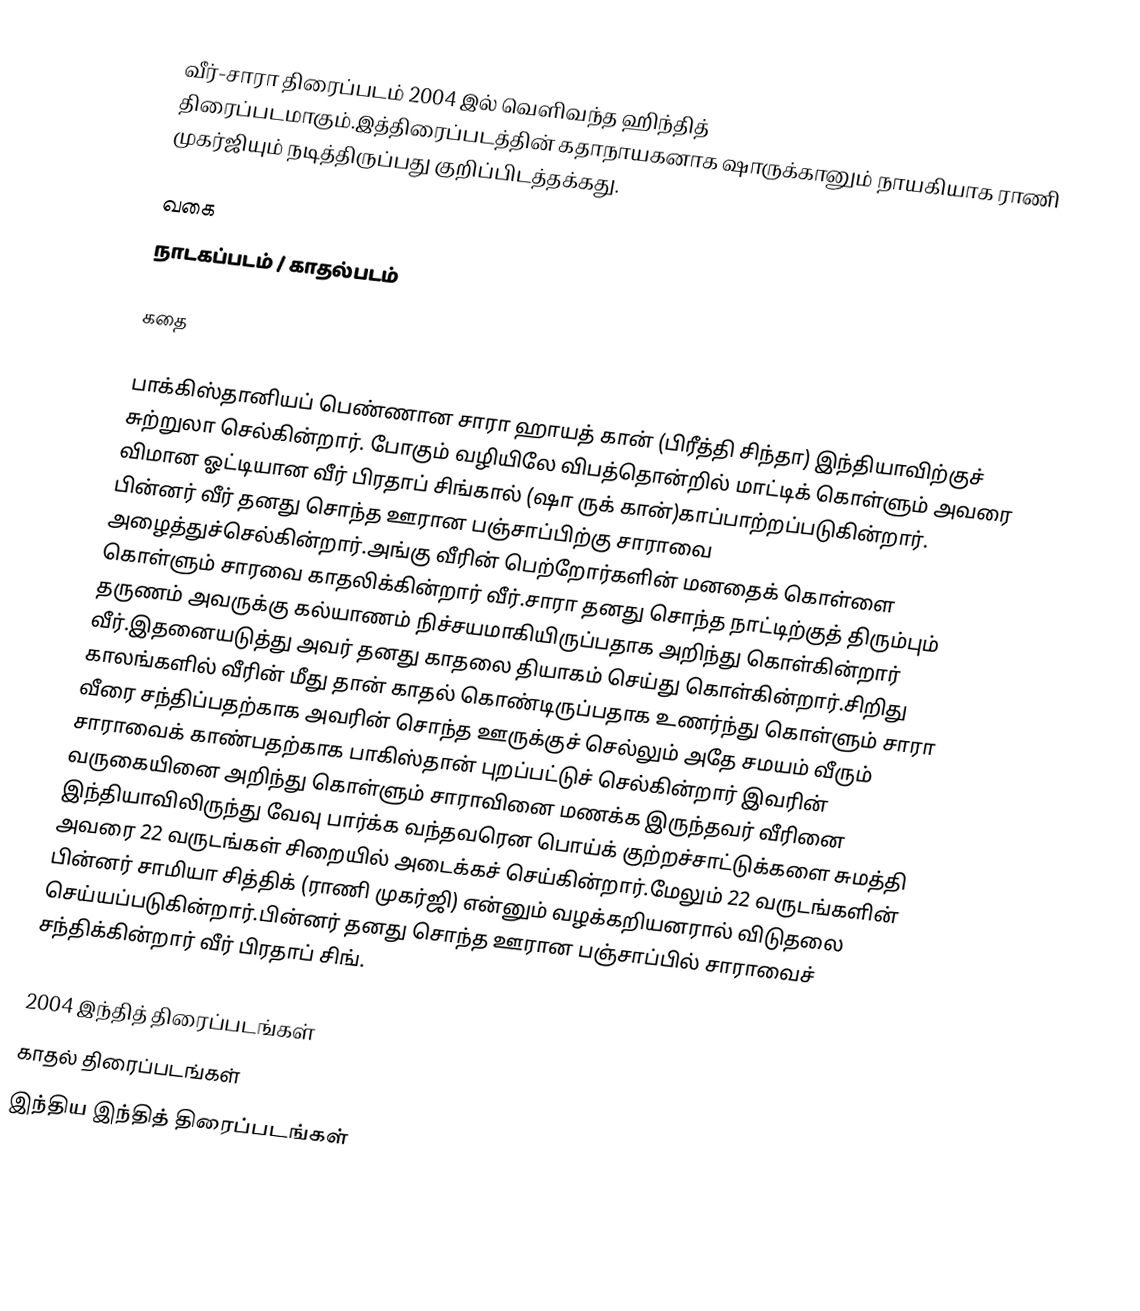
வீர்-சாரா திரைப்படம் 2004 இல் வெளிவந்த ஹிந்தித் திரைப்படமாகும்.இத்திரைப்படத்தின் கதாநாயகனாக ஷாருக்கானும் நாயகியாக ராணி முகர்ஜியும் நடித்திருப்பது குறிப்பிடத்தக்கது.

வகை
நாடகப்படம் / காதல்படம்

கதை

பாக்கிஸ்தானியப் பெண்ணான சாரா ஹாயத் கான் (பிரீத்தி சிந்தா) இந்தியாவிற்குச் சுற்றுலா செல்கின்றார். போகும் வழியிலே விபத்தொன்றில் மாட்டிக் கொள்ளும் அவரை விமான ஓட்டியான வீர் பிரதாப் சிங்கால் (ஷா ருக் கான்)காப்பாற்றப்படுகின்றார். பின்னர் வீர் தனது சொந்த ஊரான பஞ்சாப்பிற்கு சாராவை அழைத்துச்செல்கின்றார்.அங்கு வீரின் பெற்றோர்களின் மனதைக் கொள்ளை கொள்ளும் சாரவை காதலிக்கின்றார் வீர்.சாரா தனது சொந்த நாட்டிற்குத் திரும்பும் தருணம் அவருக்கு கல்யாணம் நிச்சயமாகியிருப்பதாக அறிந்து கொள்கின்றார் வீர்.இதனையடுத்து அவர் தனது காதலை தியாகம் செய்து கொள்கின்றார்.சிறிது காலங்களில் வீரின் மீது தான் காதல் கொண்டிருப்பதாக உணர்ந்து கொள்ளும் சாரா வீரை சந்திப்பதற்காக அவரின் சொந்த ஊருக்குச் செல்லும் அதே சமயம் வீரும் சாராவைக் காண்பதற்காக பாகிஸ்தான் புறப்பட்டுச் செல்கின்றார் இவரின் வருகையினை அறிந்து கொள்ளும் சாராவினை மணக்க இருந்தவர் வீரினை இந்தியாவிலிருந்து வேவு பார்க்க வந்தவரென பொய்க் குற்றச்சாட்டுக்களை சுமத்தி அவரை 22 வருடங்கள் சிறையில் அடைக்கச் செய்கின்றார்.மேலும் 22 வருடங்களின் பின்னர் சாமியா சித்திக் (ராணி முகர்ஜி) என்னும் வழக்கறியனரால் விடுதலை செய்யப்படுகின்றார்.பின்னர் தனது சொந்த ஊரான பஞ்சாப்பில் சாராவைச் சந்திக்கின்றார் வீர் பிரதாப் சிங்.

2004 இந்தித் திரைப்படங்கள்
காதல் திரைப்படங்கள்
இந்திய இந்தித் திரைப்படங்கள்